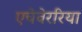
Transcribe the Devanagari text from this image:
एचेवेररिया